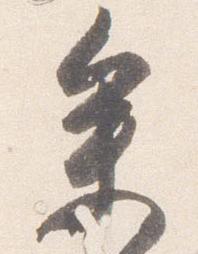
参